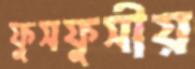
ফুসফুসীয়